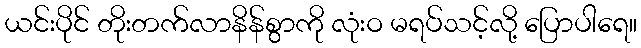
ယင်းပိုင် တိုးတက်လာနိန်စွာကို လုံးဝ မရပ်သင့်လို့ ပြောပါရေ။